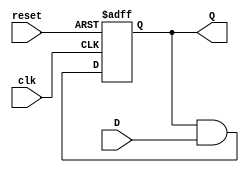
module FeedbackRegister (
    input wire clk,          // Clock signal
    input wire reset,        // Reset signal
    input wire D,           // Data input
    output reg Q            // Output (current state)
);

// Sequential logic for the feedback register
always @(posedge clk or posedge reset) begin
    if (reset) begin
        Q <= 1'b0;          // Asynchronous reset to 0
    end else begin
        // State transition logic
        // Here we can define how the next state is determined
        // For example, we can use feedback from Q and the input D
        Q <= (Q & D);       // Example logic: AND current state with input D
    end
end

endmodule